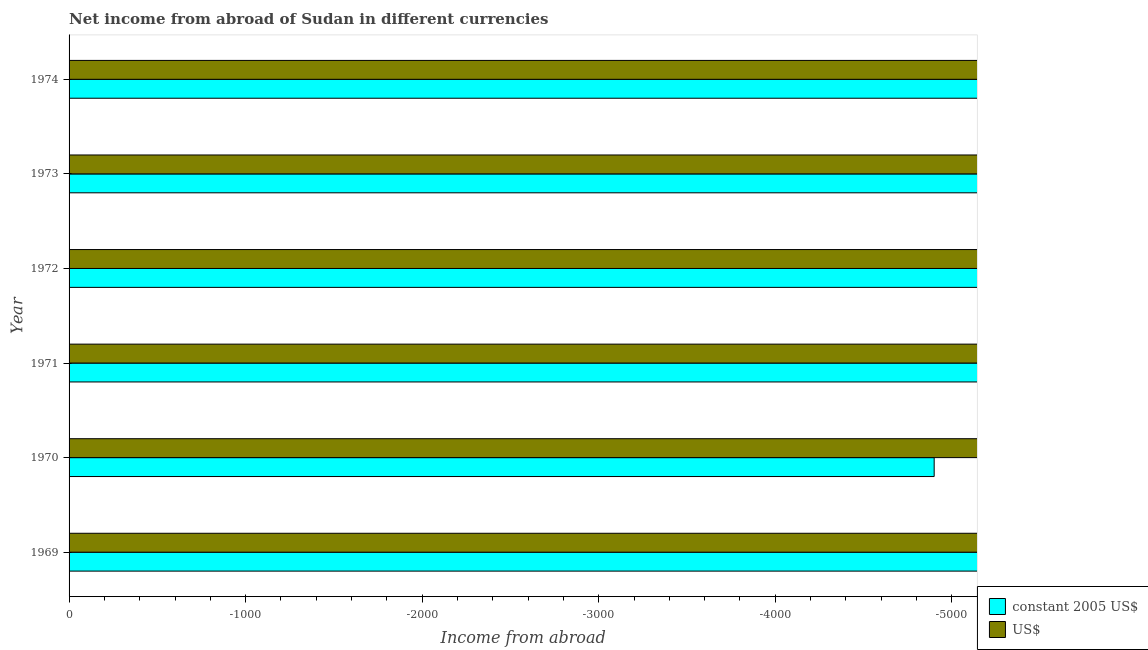
| Year | constant 2005 US$ | US$ |
 | --- | --- | --- |
 | 1969 | -5.2e+03 | -1.49e+07 |
 | 1970 | -4.9e+03 | -1.41e+07 |
 | 1971 | -6.2e+03 | -1.78e+07 |
 | 1972 | -7.7e+03 | -2.21e+07 |
 | 1973 | -8.6e+03 | -2.47e+07 |
 | 1974 | -1.44e+04 | -4.14e+07 |